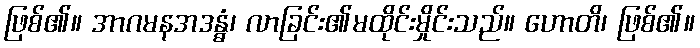
ဖြစ်၏။ အာဂမနအဒန္ဓံ၊ လာခြင်း၏မထိုင်းမှိုင်းသည်။ ဟောတိ၊ ဖြစ်၏။